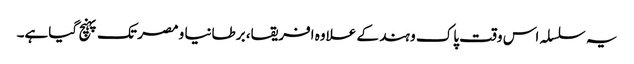
یہ سلسلہ اس وقت پاک و ہند کے علاوہ افریقا، برطانیا و مصر تک پہنچ گیاہے۔